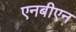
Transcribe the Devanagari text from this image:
एनबीएन